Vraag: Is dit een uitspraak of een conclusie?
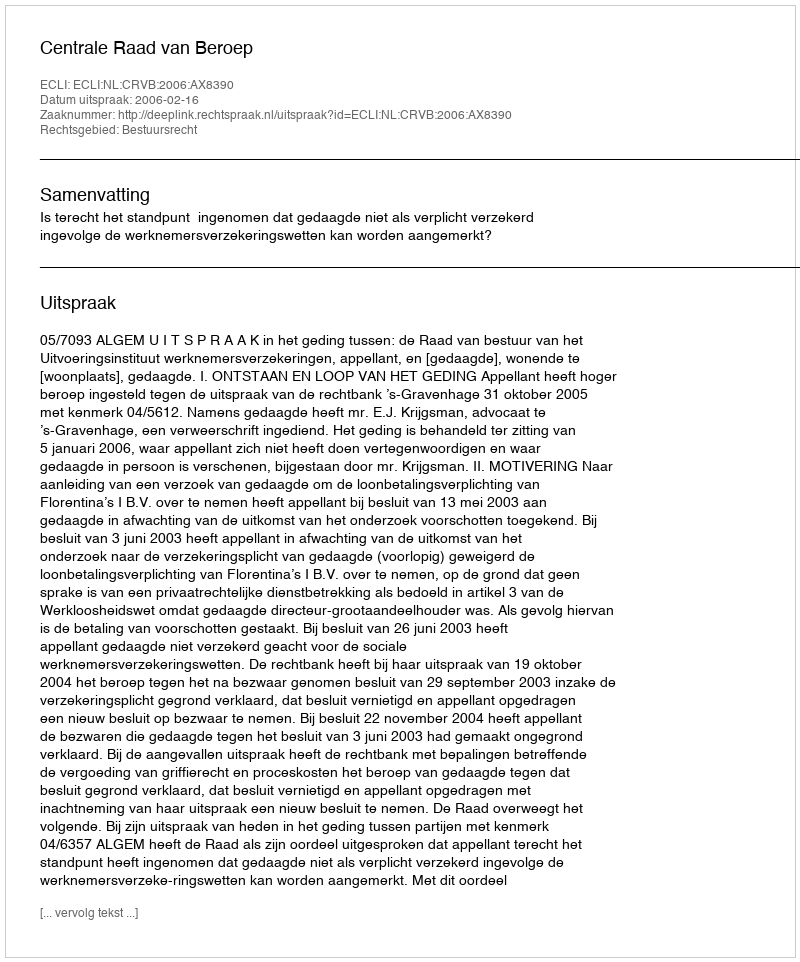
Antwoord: Uitspraak